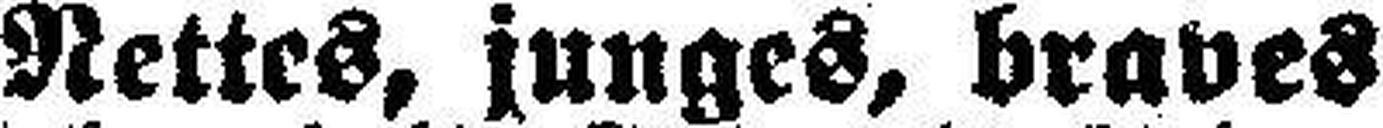
Nettes, junges, braves